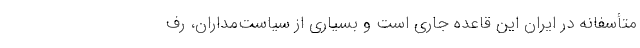
متأسفانه در ایران این قاعده جاری است و بسیاری از سیاست‌مداران، رف